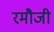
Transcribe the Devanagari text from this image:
रमौजी